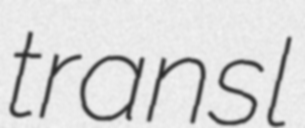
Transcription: transl